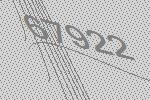
67922